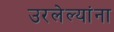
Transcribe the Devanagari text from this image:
उरलेल्यांना